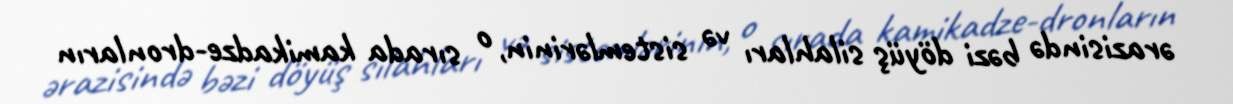
ərazisində bəzi döyüş silahları və sistemlərinin, o sırada kamikadze-dronların